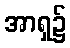
အာရှ၌